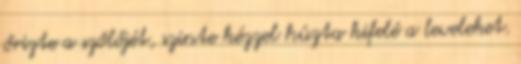
őrizte a szőlőjét, szinte kézzel húzta kifelé a leveleket.